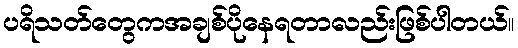
ပရိသတ်တွေကအချစ်ပိုနေရတာလည်းဖြစ်ပါတယ်။